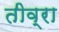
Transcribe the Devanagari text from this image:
तीव्रा